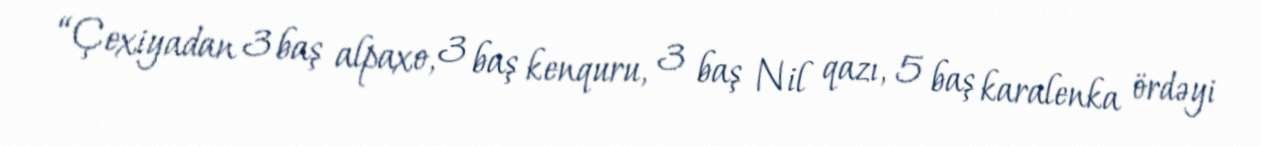
“Çexiyadan 3 baş alpaxo, 3 baş kenquru, 3 baş Nil qazı, 5 baş karalenka ördəyi